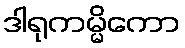
ဒါရုကမ္မိကော